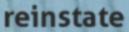
reinstate